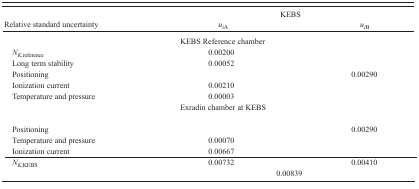
<table><thead><tr><td></td><td colspan="2"><b>KEBS</b></td></tr><tr><td><b>Relative standard uncertainty</b></td><td><b><i>u<sub>i</sub></i><sub>A</sub></b></td><td><b><i>u<sub>i</sub></i><sub>B</sub></b></td></tr></thead><tbody><tr><td></td><td>KEBS Reference chamber</td><td></td></tr><tr><td><i>N<sub>K</sub></i><sub>,reference</sub></td><td>0.00200</td><td></td></tr><tr><td>Long term stability</td><td>0.00052</td><td></td></tr><tr><td>Positioning</td><td></td><td>0.00290</td></tr><tr><td>Ionization current</td><td>0.00210</td><td></td></tr><tr><td>Temperature and pressure</td><td>0.00003</td><td></td></tr><tr><td></td><td>Exradin chamber at KEBS</td><td></td></tr><tr><td>Positioning</td><td></td><td>0.00290</td></tr><tr><td>Temperature and pressure</td><td>0.00070</td><td></td></tr><tr><td>Ionization current</td><td>0.00667</td><td></td></tr><tr><td><i>N<sub>K,KEBS</sub></i></td><td>0.00732</td><td>0.00410</td></tr><tr><td></td><td colspan="2">0.00839</td></tr></tbody></table>